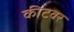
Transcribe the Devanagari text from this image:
कीटवर